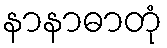
နာနာဓာတုံ